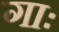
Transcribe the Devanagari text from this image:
गाः